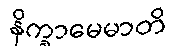
နိက္ခာမေမာတိ